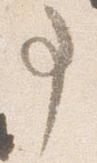
事